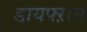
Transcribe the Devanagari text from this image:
डायफ्ऱाम